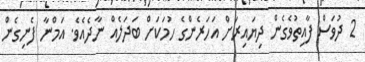
2 ދުވަސް ފާއިތުވެގެން ދިޔައިރަށް އަހަރެންގެ ހުމަކަށް ބަދަލެއް ނާދެއެވެ. އަމްނާ ފެނިގެން